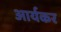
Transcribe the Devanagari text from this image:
आर्यकर